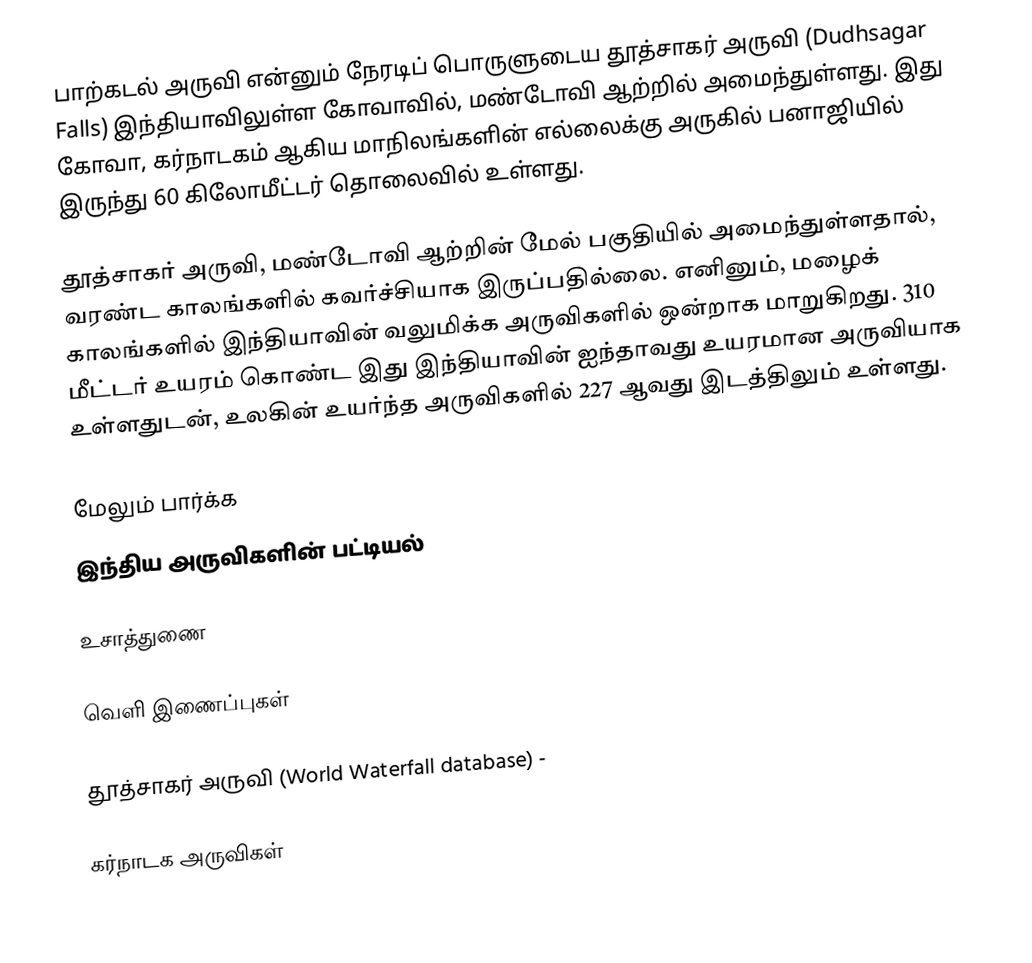
பாற்கடல் அருவி என்னும் நேரடிப் பொருளுடைய தூத்சாகர் அருவி (Dudhsagar Falls) இந்தியாவிலுள்ள கோவாவில், மண்டோவி ஆற்றில் அமைந்துள்ளது. இது கோவா, கர்நாடகம் ஆகிய மாநிலங்களின் எல்லைக்கு அருகில் பனாஜியில் இருந்து 60 கிலோமீட்டர் தொலைவில் உள்ளது.

தூத்சாகர் அருவி, மண்டோவி ஆற்றின் மேல் பகுதியில் அமைந்துள்ளதால், வரண்ட காலங்களில் கவர்ச்சியாக இருப்பதில்லை. எனினும், மழைக் காலங்களில் இந்தியாவின் வலுமிக்க அருவிகளில் ஒன்றாக மாறுகிறது. 310 மீட்டர் உயரம் கொண்ட இது இந்தியாவின் ஐந்தாவது உயரமான அருவியாக உள்ளதுடன், உலகின் உயர்ந்த அருவிகளில் 227 ஆவது இடத்திலும் உள்ளது.

மேலும் பார்க்க
 இந்திய அருவிகளின் பட்டியல்

உசாத்துணை

வெளி இணைப்புகள்

 தூத்சாகர் அருவி (World Waterfall database)  -

கர்நாடக அருவிகள்